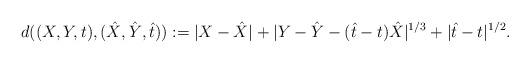
LaTeX: \begin{align*}d((X,Y,t),(\hat X,\hat Y,\hat t)):=|X-\hat X|+|Y-\hat Y-(\hat t-t)\hat X|^{1/3}+|\hat t-t|^{1/2}.\end{align*}